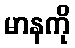
မာနကို